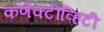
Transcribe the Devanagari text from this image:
कणेक्टीव्हिटी